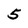
Character: 5